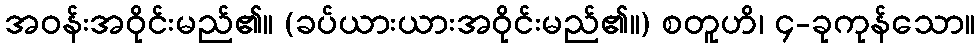
အဝန်းအဝိုင်းမည်၏။ (ခပ်ယားယားအဝိုင်းမည်၏။) စတူဟိ၊ ၄-ခုကုန်သော။